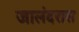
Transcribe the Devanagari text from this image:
जालंदरास